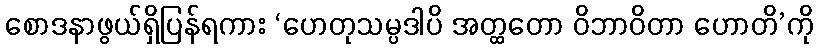
စောဒနာဖွယ်ရှိပြန်ရကား ‘ဟေတုသမ္ပဒါပိ အတ္ထတော ဝိဘာဝိတာ ဟောတိ’ကို